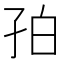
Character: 𪦺